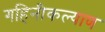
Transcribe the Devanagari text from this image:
गहिनीकल्याण